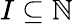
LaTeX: I\subseteq\mathbb{N}